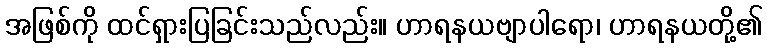
အဖြစ်ကို ထင်ရှားပြခြင်းသည်လည်း။ ဟာရနယဗျာပါရော၊ ဟာရနယတို့၏